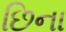
છિના